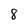
Character: 8